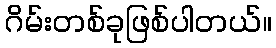
ဂိမ်းတစ်ခုဖြစ်ပါတယ်။